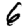
Digit: 6